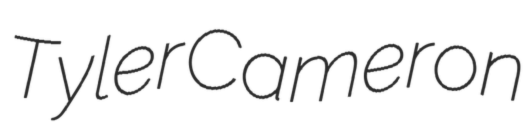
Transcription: Tyler Cameron